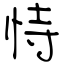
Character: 恃